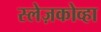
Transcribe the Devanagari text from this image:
स्लेज़कोव्हा